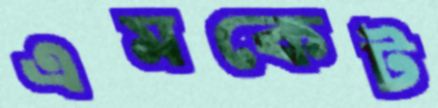
এমকেট